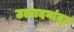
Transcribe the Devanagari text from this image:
उत्पादनांतून